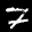
Label: 7